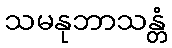
သမနုဘာသန္တံ